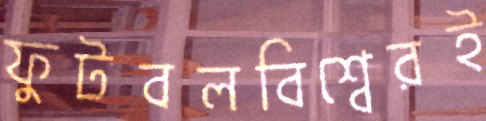
ফুটবলবিশ্বেরই